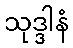
သုဒ္ဒါနံ